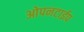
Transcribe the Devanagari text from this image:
ओपनटाईप